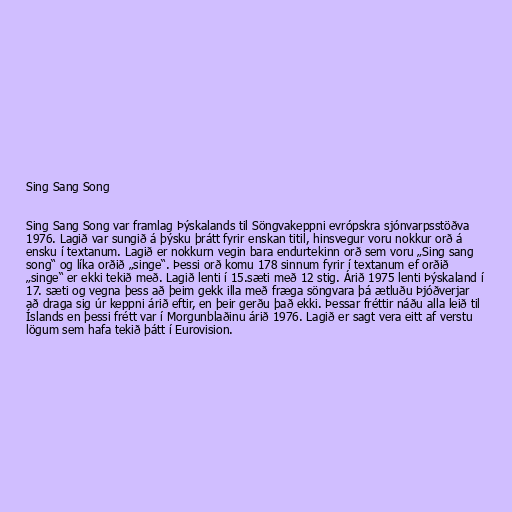
Sing Sang Song

Sing Sang Song var framlag Þýskalands til Söngvakeppni evrópskra sjónvarpsstöðva
1976. Lagið var sungið á þýsku þrátt fyrir enskan titil, hinsvegur voru nokkur orð á
ensku í textanum. Lagið er nokkurn vegin bara endurtekinn orð sem voru „Sing sang
song“ og líka orðið „singe“. Þessi orð komu 178 sinnum fyrir í textanum ef orðið
„singe“ er ekki tekið með. Lagið lenti í 15.sæti með 12 stig. Árið 1975 lenti Þýskaland í
17. sæti og vegna þess að þeim gekk illa með fræga söngvara þá ætluðu Þjóðverjar
að draga sig úr keppni árið eftir, en þeir gerðu það ekki. Þessar fréttir náðu alla leið til
Íslands en þessi frétt var í Morgunblaðinu árið 1976. Lagið er sagt vera eitt af verstu
lögum sem hafa tekið þátt í Eurovision.